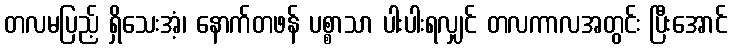
တလမပြည့် ရှိသေးအံ့၊ နောက်တဖန် ပစ္စာသာ ပါးပါးရလျှင် တလကာလအတွင်း ပြီးအောင်